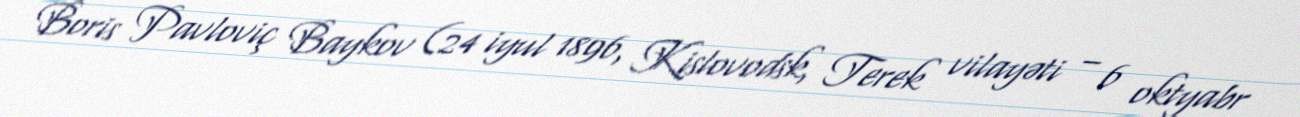
Boris Pavloviç Baykov (24 iyul 1896, Kislovodsk, Terek vilayəti – 6 oktyabr